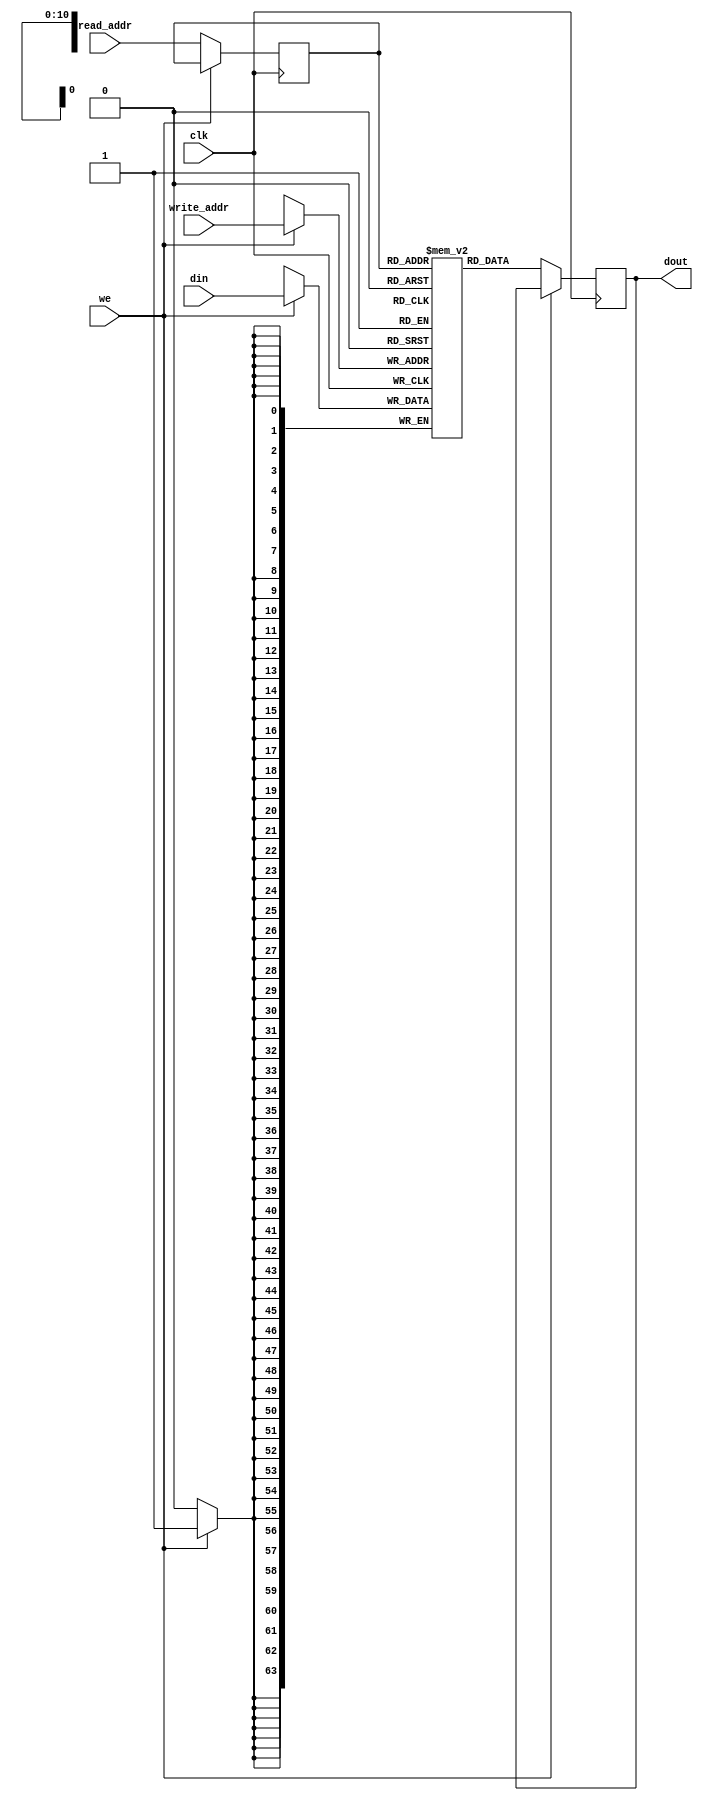
module ram_simple_dp_sync_reg_read_2048x64 (clk, we, read_addr, write_addr, din, dout);
    input clk, we;
    input [10:0] read_addr, write_addr;
    input [63:0] din;
    output reg [63:0] dout;
    
    reg [10:0] read_addr_reg;
    reg [63:0] ram [2047:0];

    always @(posedge clk)
    begin
        if (we) begin
            ram[write_addr] <= din;
            
        end
        else begin
            read_addr_reg <= read_addr;
            dout <= ram[read_addr_reg];
        end
    end


endmodule